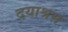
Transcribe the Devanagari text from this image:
दयाश्रम